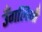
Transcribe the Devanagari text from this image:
उँगलियोँ